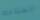
السباحه